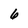
Character: 6